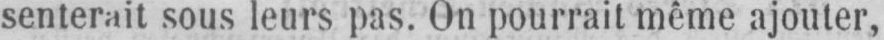
senterait sous leurs pas. On pourrait même ajouter,